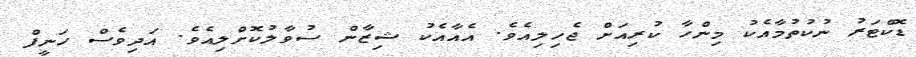
ޑޮކްޓަރު ނުކުތުމާއެކު މިންހާ ކުރިއަށް ޖެހިލިއެވެ. އެއާއެކު ޝިޒާން ސުވާލުކޮށްލިއެވެ. އަދިވެސް ހަނީފް